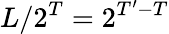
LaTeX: L/2^{T}=2^{T^{\prime}-T}